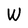
Character: W